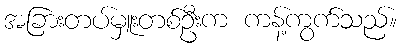
အခြားတပ်မှူးတစ်ဦးက ကန့်ကွက်သည်။